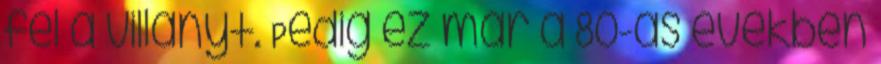
fel a villanyt. Pedig ez már a 80-as években